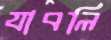
যাবলি